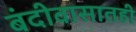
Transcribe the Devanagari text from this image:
बंदीवासातही